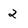
Character: 2